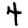
Digit: 4